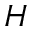
H